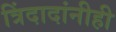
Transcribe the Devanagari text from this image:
त्रिंदादांनीही